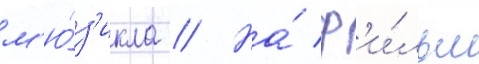
м'ю́з'икла // На́ ф'и́льм